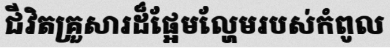
ជីវិតគ្រួសារដ៏ផ្អែមល្ហែមរបស់កំពូល